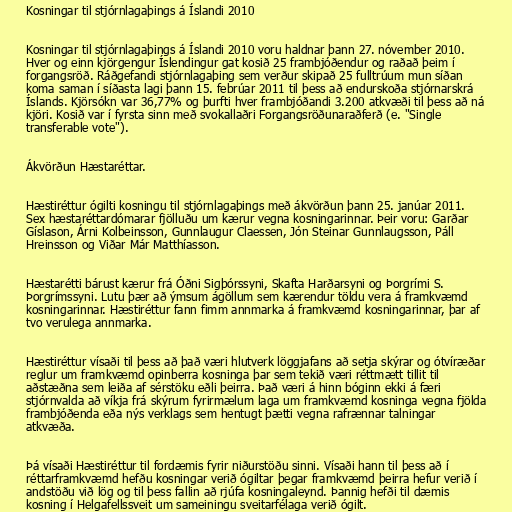
Kosningar til stjórnlagaþings á Íslandi 2010

Kosningar til stjórnlagaþings á Íslandi 2010 voru haldnar þann 27. nóvember 2010.
Hver og einn kjörgengur Íslendingur gat kosið 25 frambjóðendur og raðað þeim í
forgangsröð. Ráðgefandi stjórnlagaþing sem verður skipað 25 fulltrúum mun síðan
koma saman í síðasta lagi þann 15. febrúar 2011 til þess að endurskoða stjórnarskrá
Íslands. Kjörsókn var 36,77% og þurfti hver frambjóðandi 3.200 atkvæði til þess að ná
kjöri. Kosið var í fyrsta sinn með svokallaðri Forgangsröðunaraðferð (e. "Single
transferable vote").

Ákvörðun Hæstaréttar.

Hæstiréttur ógilti kosningu til stjórnlagaþings með ákvörðun þann 25. janúar 2011.
Sex hæstaréttardómarar fjölluðu um kærur vegna kosningarinnar. Þeir voru: Garðar
Gíslason, Árni Kolbeinsson, Gunnlaugur Claessen, Jón Steinar Gunnlaugsson, Páll
Hreinsson og Viðar Már Matthíasson.

Hæstarétti bárust kærur frá Óðni Sigþórssyni, Skafta Harðarsyni og Þorgrími S.
Þorgrímssyni. Lutu þær að ýmsum ágöllum sem kærendur töldu vera á framkvæmd
kosningarinnar. Hæstiréttur fann fimm annmarka á framkvæmd kosningarinnar, þar af
tvo verulega annmarka.

Hæstiréttur vísaði til þess að það væri hlutverk löggjafans að setja skýrar og ótvíræðar
reglur um framkvæmd opinberra kosninga þar sem tekið væri réttmætt tillit til
aðstæðna sem leiða af sérstöku eðli þeirra. Það væri á hinn bóginn ekki á færi
stjórnvalda að víkja frá skýrum fyrirmælum laga um framkvæmd kosninga vegna fjölda
frambjóðenda eða nýs verklags sem hentugt þætti vegna rafrænnar talningar
atkvæða.

Þá vísaði Hæstiréttur til fordæmis fyrir niðurstöðu sinni. Vísaði hann til þess að í
réttarframkvæmd hefðu kosningar verið ógiltar þegar framkvæmd þeirra hefur verið í
andstöðu við lög og til þess fallin að rjúfa kosningaleynd. Þannig hefði til dæmis
kosning í Helgafellssveit um sameiningu sveitarfélaga verið ógilt.